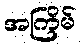
အကြိမ်